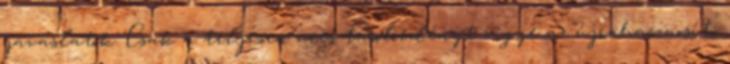
javaslatok: Csak a teljesen üres tárolóedényt vigye az újrahasznosító